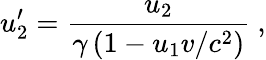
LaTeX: u_{2}^{\prime}={\frac{u_{2}}{\gamma\left(1-u_{1}v/c^{2}\right)}}\ ,